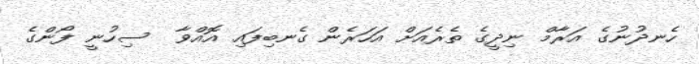
ހެނދުނުގެ އަރާމް ނިދީގެ ތެރެއަށް އަހަރެން ގެނބިފައި އޮއްވާ  ސިހުނީ ފޯންގެ